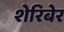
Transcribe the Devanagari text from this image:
शेरिबेर